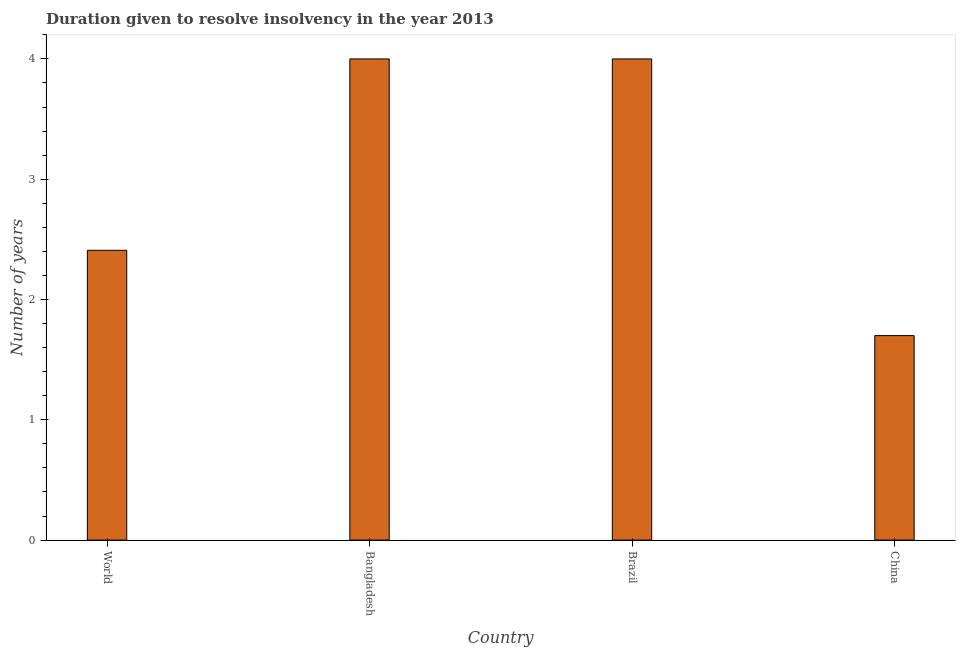
| Country | Resolve insolvency |
 | --- | --- |
 | World | 2.41 |
 | Bangladesh | 4 |
 | Brazil | 4 |
 | China | 1.7 |